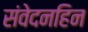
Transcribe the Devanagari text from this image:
संवेदनहिन